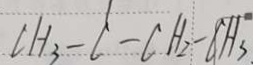
C H _ { 3 } - C - C H _ { 2 } - C H _ { 3 } .